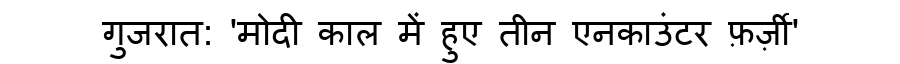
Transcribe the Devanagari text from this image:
गुजरात: 'मोदी काल में हुए तीन एनकाउंटर फ़र्ज़ी'